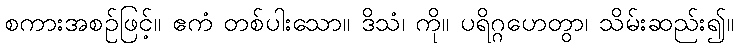
စကားအစဉ်ဖြင့်။ ဧကံ တစ်ပါးသော။ ဒိသံ၊ ကို။ ပရိဂ္ဂဟေတွာ၊ သိမ်းဆည်း၍။